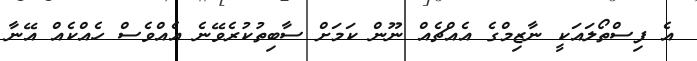
އެ ފިސްތޯލައަކީ ނާޒިމްގެ އެއްޗެއް ނޫން ކަމަށް ސާބިތުކުރެވޭނެ އެއްވެސް ހެއްކެއް އޭނާ